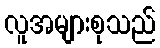
လူအများစုသည်